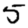
Digit: 5